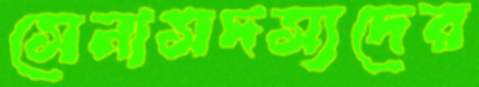
সেনাসদস্যদের